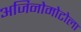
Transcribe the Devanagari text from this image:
अजिनोमोटोला